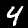
Label: 4